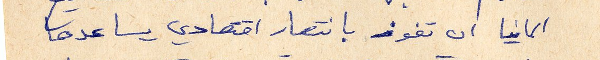
المانيا ان تفوز بانتصار اقتصادي يساعدها